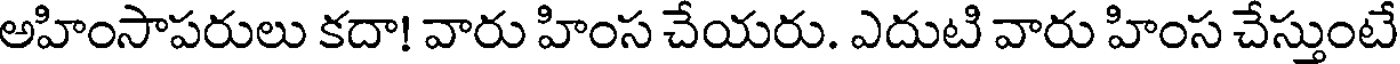
అహింసాపరులు కదా! వారు హింస చేయరు. ఎదుటి వారు హింస చేస్తుంటే